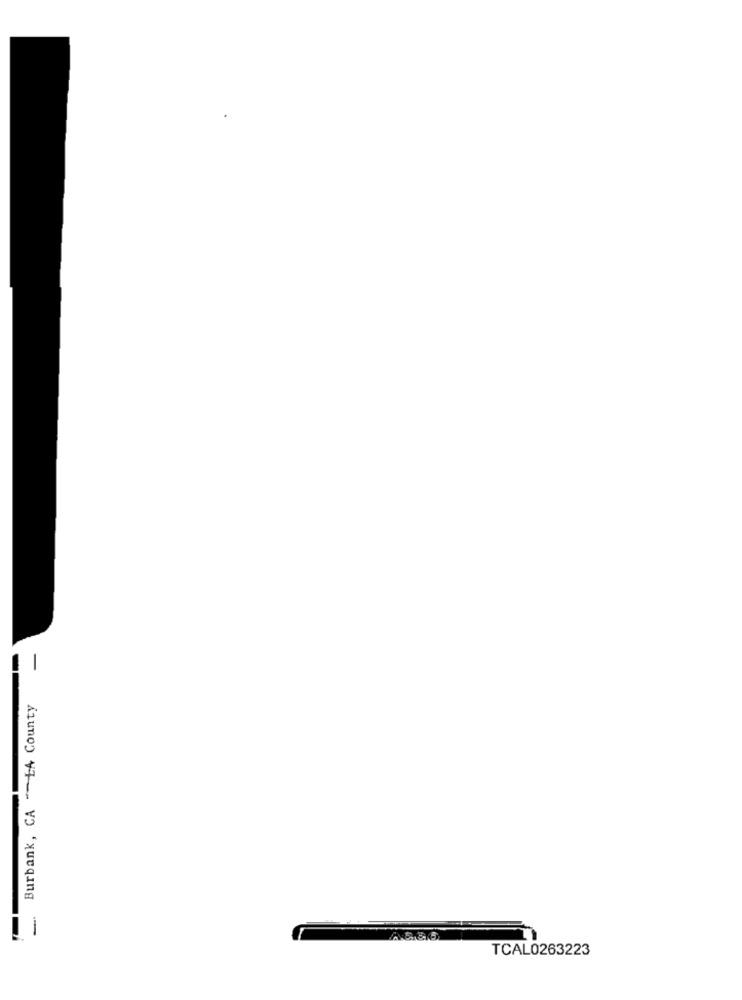
Burbank, CA "-LA County
-
TCAL0263223